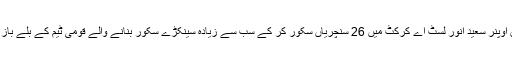
سابق اوپنر سعید انور لسٹ اے کرکٹ میں 26 سنچریاں سکور کر کے سب سے زیادہ سینکڑے سکور بنانے والے قومی ٹیم کے بلے باز ہیں ۔